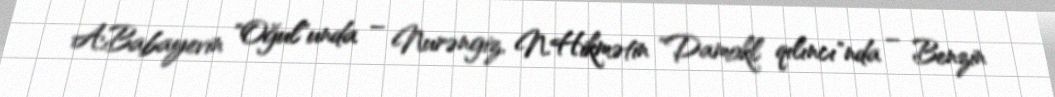
A.Babayevin "Oğul"unda – Nurəngiz, N.Hikmətin "Damokl qılıncı"nda – Benzin